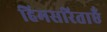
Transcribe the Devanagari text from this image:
हिमसरिताएँ